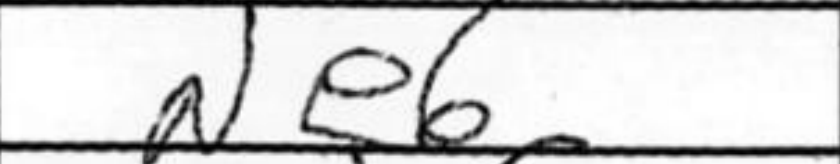
Transcription: Ne6